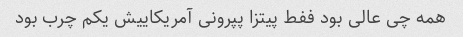
همه چی عالی بود ففط پیتزا پپرونی آمریکاییش یکم چرب بود